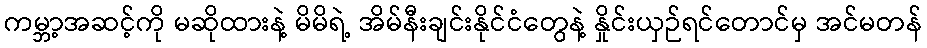
ကမ္ဘာ့အဆင့်ကို မဆိုထားနဲ့ မိမိရဲ့ အိမ်နီးချင်းနိုင်ငံတွေနဲ့ နှိုင်းယှဉ်ရင်တောင်မှ အင်မတန်